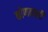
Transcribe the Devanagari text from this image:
कोणताली